Tezpur Lunatic Asylum reports 1895-1904 - 1895-1904
Year: 1895
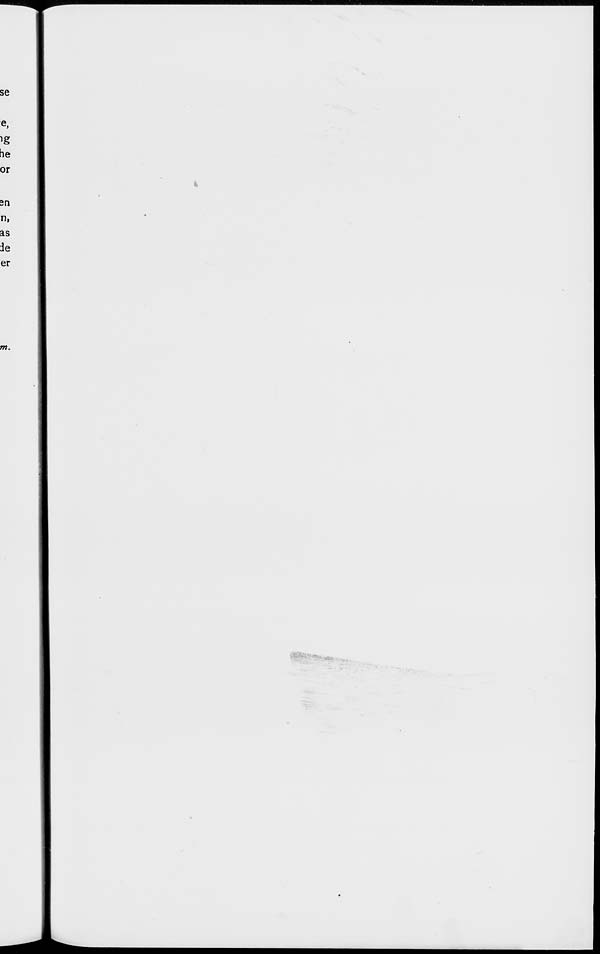
se
e,
'g
be
or
sn
n,
as
ie
er
m.